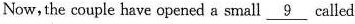
Now, the couple have opened a sall \underline{9} called